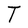
Character: T